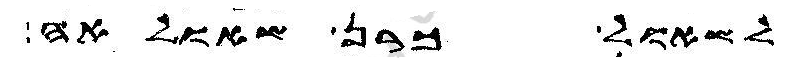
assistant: לשאול כרן שאולאה